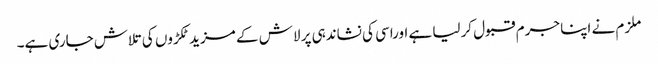
ملزم نے اپنا جرم قبول کرلیا ہے اوراسی کی نشاندہی پر لاش کے مزید ٹکڑوں کی تلاش جاری ہے۔